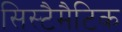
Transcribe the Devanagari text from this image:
सिस्टैमैटिक